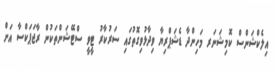
އިލެކްޝަންސް ކޮމިޝަނަރ މަހިންދާ ޑެޝަޕްރިޔާ ވިދާޅުވިގޮތުގައި ސަރުކާރު ޓީވީ ސްޓޭޝަންތަކުން ރާޖަޕަކްސާ އަށް